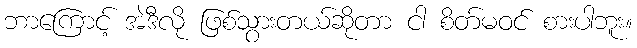
ဘာကြောင့် အဲဒီလို ဖြစ်သွားတယ်ဆိုတာ ငါ စိတ်မဝင် စားပါဘူး။